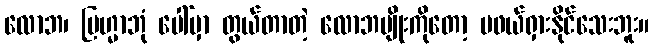
လောဘ၊ ဗြဟ္မာဘုံ ပေါ်မှာ တွယ်တာတဲ့ လောဘမျိုးကိုတော့ မဖယ်ရှားနိုင်သေးဘူး။